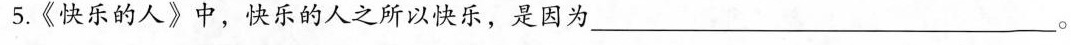
5.《快乐的人》中，快乐的人之所以快乐，是因为___。